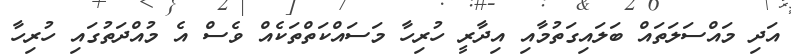
އަދި މައްސަލަތައް ބަލައިގަތުމާއި އިދާރީ ހުރިހާ މަސައްކަތްތަކެއް ވެސް އެ މުއްދަތުގައި ހުރިހާ